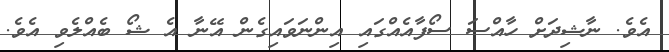
އެވެ. ނާޝިދަށް ހާއްސަ ސޯފާއެއްގައި އިންނަވައިގެން އޭނާ އެ ޝޯ ބެއްލެވި އެވެ.